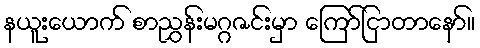
နယူးယောက် စာညွှန်းမဂ္ဂဇင်းမှာ ကြော်ငြာတာနော်။